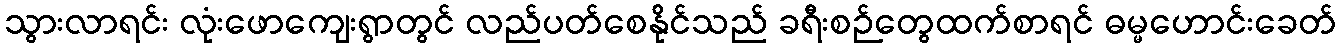
သွားလာရင်း လုံးဖောကျေးရွာတွင် လည်ပတ်စေနိုင်သည် ခရီးစဉ်တွေထက်စာရင် ဓမ္မဟောင်းခေတ်